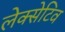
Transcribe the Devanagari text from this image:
लेक्सेटिव